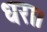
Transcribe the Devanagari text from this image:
धरा।